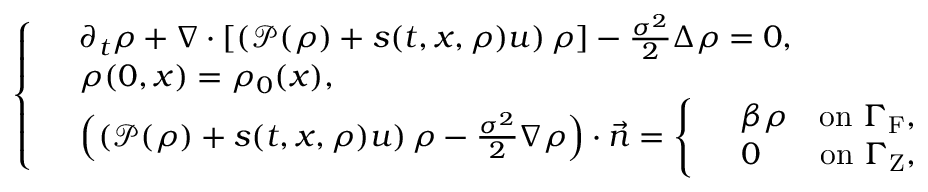
\left\{ \begin{array} { r l } & { \partial _ { t } \rho + \nabla \cdot \left[ \left( \mathcal { P } ( \rho ) + s ( t , x , \rho ) u \right) \rho \right] - \frac { \sigma ^ { 2 } } { 2 } \Delta \rho = 0 , } \\ & { \rho ( 0 , x ) = \rho _ { 0 } ( x ) , } \\ & { \left( \left( \mathcal { P } ( \rho ) + s ( t , x , \rho ) u \right) \rho - \frac { \sigma ^ { 2 } } { 2 } \nabla \rho \right) \cdot \vec { n } = \left\{ \begin{array} { r l r } & { \beta \rho } & { \mathrm { o n ~ } \Gamma _ { \mathrm { F } } , } \\ & { 0 } & { \mathrm { o n ~ } \Gamma _ { \mathrm { Z } } , } \end{array} \right. } \end{array} \right.